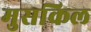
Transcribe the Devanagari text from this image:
मुसकिल